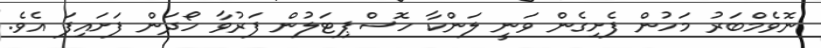
ނޮވެމްބަރު މަހުން ފެށިގެން ވަނީ ލަންކާ ހޮސްޕިޓަލުން ފަރުވާ ހޯދަން ފަށައިފަ އެވެ.